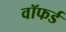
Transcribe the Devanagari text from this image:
वॉफर्ड